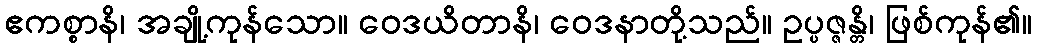
ဧကစ္စာနိ၊ အချို့ကုန်သော။ ဝေဒယိတာနိ၊ ဝေဒနာတို့သည်။ ဥပ္ပဇ္ဇန္တိ၊ ဖြစ်ကုန်၏။